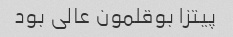
پیتزا بوقلمون عالی بود